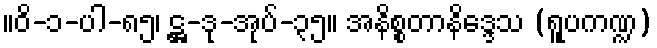
။ဝိ-၁-ပါ-၈၅၊ ဋ္ဌ-ဒု-အုပ်-၃၅။ အနိစ္စတာနိဒ္ဒေသ (ရူပကဏ္ဍ)